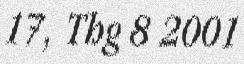
17, Thg 8 2001